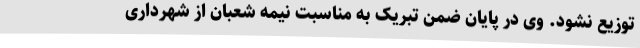
توزیع نشود. وی در پایان ضمن تبریک به مناسبت نیمه شعبان از شهرداری